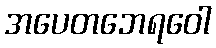
အပေတဘေရဝေါ